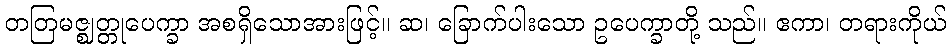
တတြမဇ္ဈတ္တုပေက္ခာ အစရှိသောအားဖြင့်။ ဆ၊ ခြောက်ပါးသော ဥပေက္ခာတို့ သည်။ ဧကာ၊ တရားကိုယ်